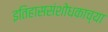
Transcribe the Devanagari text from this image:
इतिहाससंशोधकाच्या